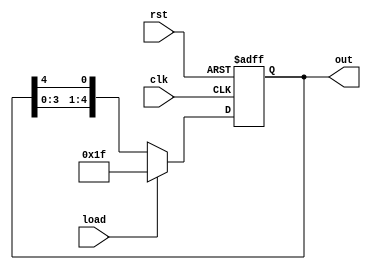
module DeslocamentoCircularEsquerda (
  input wire clk,
  input wire rst,
  input wire load,
  output reg [4:0] out
);

  reg [4:0] shift_reg;

  always @(posedge clk or posedge rst) begin
    if (rst)
      shift_reg <= 5'b11111; // Carga inicial com todos os estágios em 1
    else if (load)
      shift_reg <= 5'b11111; // Carga inicial com todos os estágios em 1
    else
      shift_reg <= {shift_reg[3:0], shift_reg[4]};
  end

  assign out = shift_reg;

endmodule